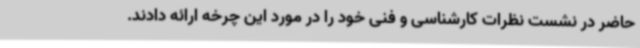
حاضر در نشست نظرات کارشناسی و فنی خود را در مورد این چرخه ارائه دادند.